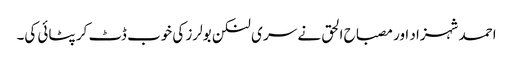
احمد شہزاد اور مصباح الحق نے سر ی لنکن بولرز کی خوب ڈٹ کر پٹائی کی۔